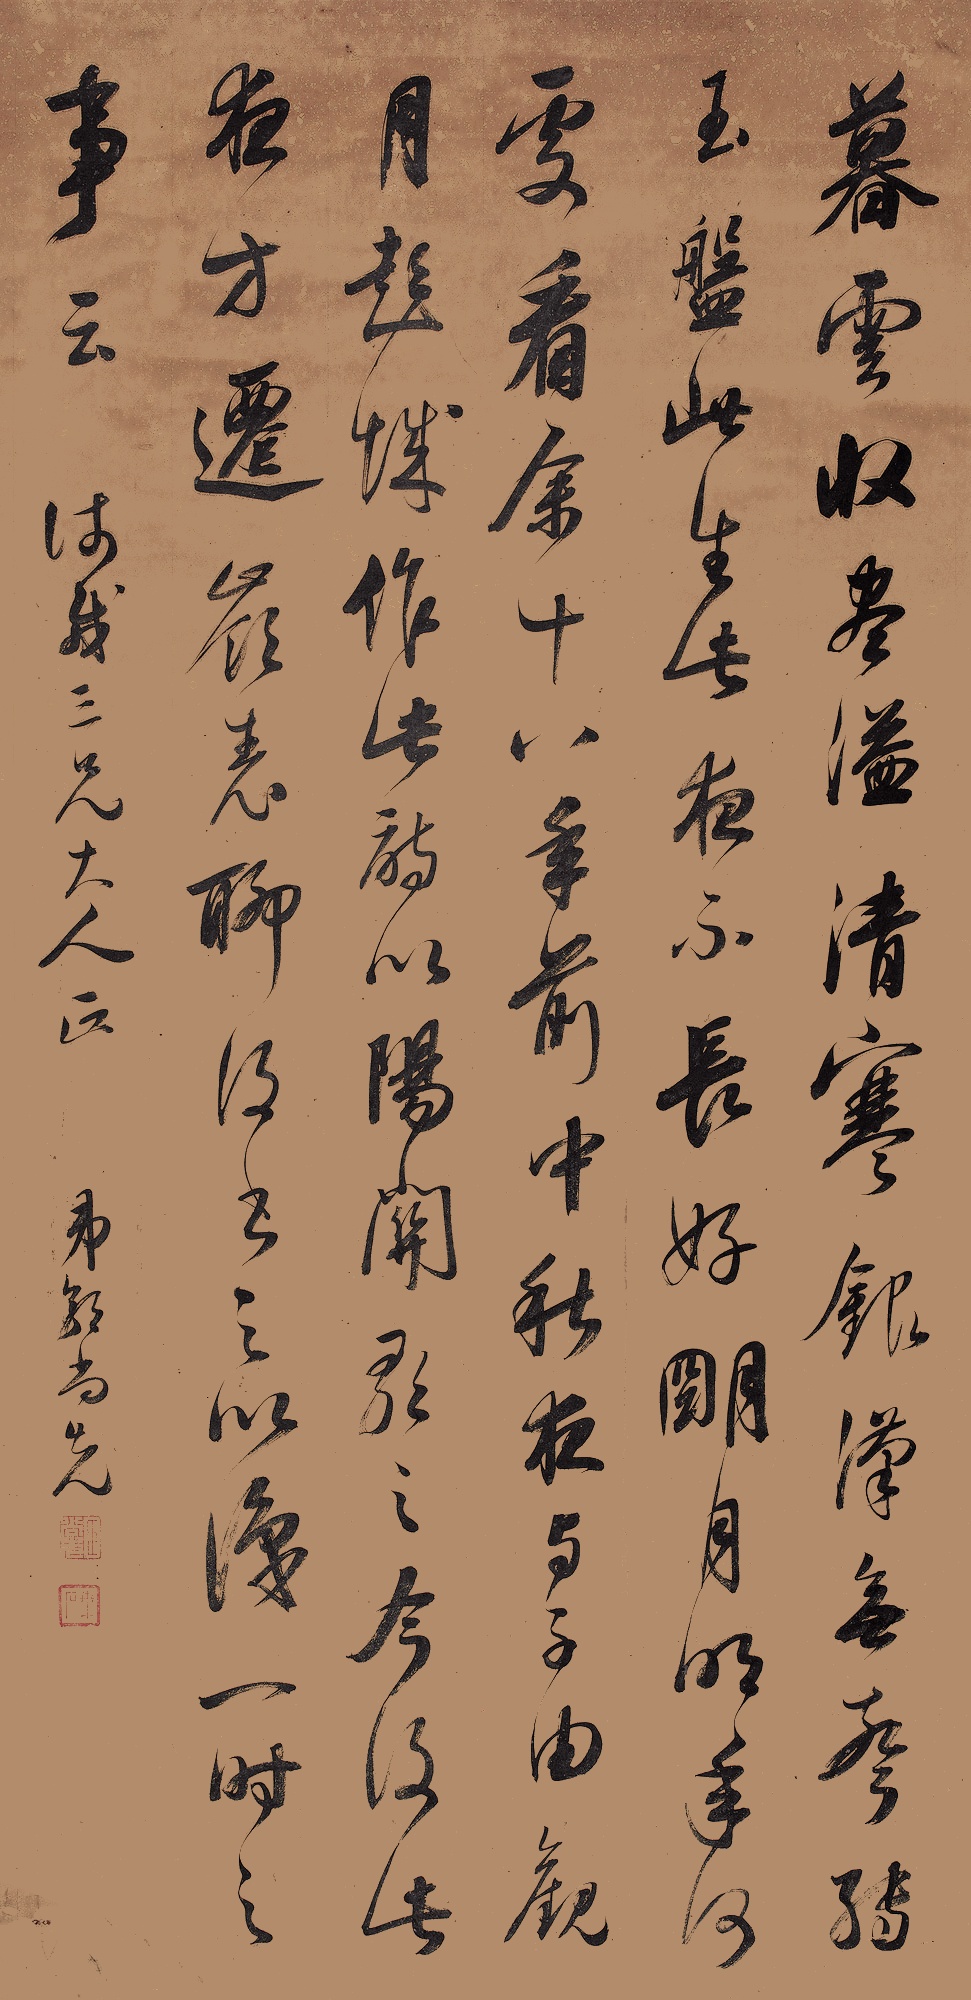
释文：暮云收尽溢清寒，银汉无声转玉盘。此生此夜不长好，明月明年何处看。余十八年前中秋夜，与子由观月彭城作此诗，以《阳关》歌之。今复此夜，方迁岭表，聊复书之，以识一时之事云。师载三兄大人正。弟郭尚先。